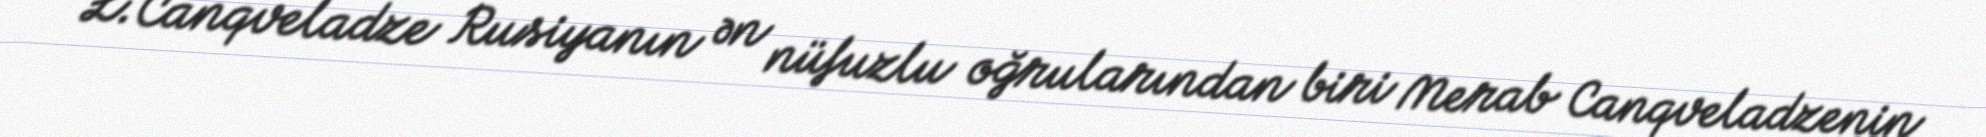
L.Canqveladze Rusiyanın ən nüfuzlu oğrularından biri Merab Canqveladzenin